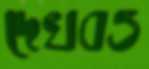
দেখবও